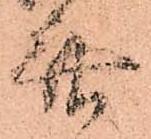
無